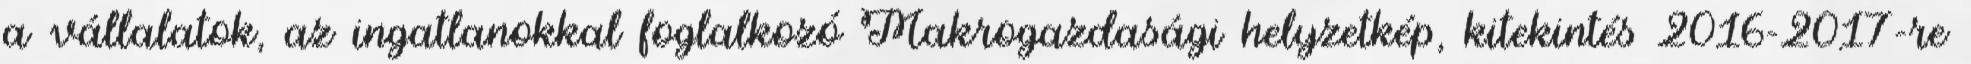
a vállalatok, az ingatlanokkal foglalkozó Makrogazdasági helyzetkép, kitekintés 2016-2017-re